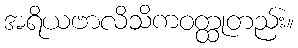
အရိယဗာလိသိကဝတ္ထုတည်း။